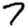
Digit: 7